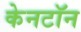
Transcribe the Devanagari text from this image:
केनटॉन